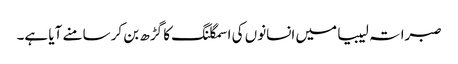
صبراتہ لیبیا میں انسانوں کی اسمگلنگ کا گڑھ بن کر سامنے آیا ہے۔